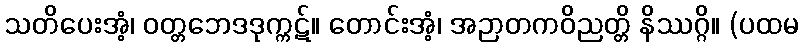
သတိပေးအံ့၊ ဝတ္တဘေဒဒုက္ကဋ်။ တောင်းအံ့၊ အဉာတကဝိညတ္တိ နိဿဂ္ဂိ။ (ပထမ